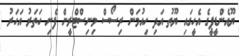
ޔޫއެންޑީޕީގެ އެހީގައި ޔޫތު އަދި ހިއުމަން ރިސޯސް މިނިސްޓްރީން ފެށި ހަތަރު އަހަރު